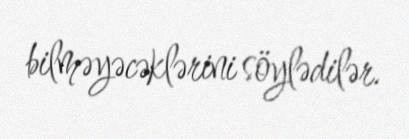
bilməyəcəklərini söylədilər.